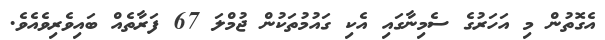
އެގޮތުން މި އަހަރުގެ ސެމިނާގައި އެކި ގައުމުތަކުން ޖުމްލަ 67 ފަރާތެއް ބައިވެރިވެއެވެ.